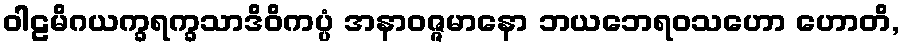
ဝါဠမိဂယက္ခရက္ခသာဒိဝိကပ္ပံ အနာဝဇ္ဇမာနော ဘယဘေရဝသဟော ဟောတိ,